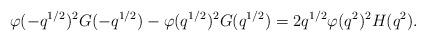
LaTeX: \begin{align*} \varphi(-q^{1/2})^2G(-q^{1/2})-\varphi(q^{1/2})^2G(q^{1/2}) = 2q^{1/2}\varphi(q^2)^2H(q^2).\end{align*}